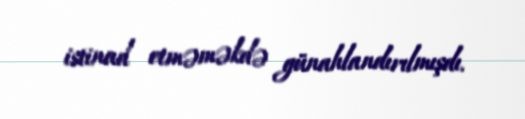
istinad etməməkdə günahlandırılmışdı.